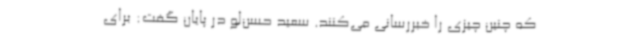
که چنین چیزی را خبررسانی می‌کنند. سعید حسن‌لو در پایان گفت: برای